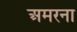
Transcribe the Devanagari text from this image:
अमरना